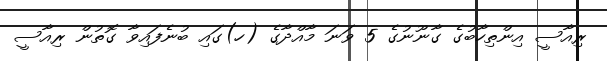
ރިއާސީ އިންތިހާބުގެ ގާނޫނުގެ 5 ވަނަ މާއްދާގެ (ހ)ގައި ބުނެފައިވާ ގޮތުން ރިއާސީ